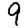
Digit: 9